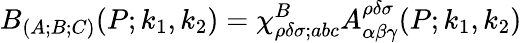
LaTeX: B_{(A;B;C)}(P;k_{1},k_{2})=\chi_{\rho\delta\sigma;abc}^{B}A_{\alpha\beta\gamma}^{\rho\delta\sigma}(P;k_{1},k_{2})